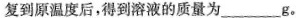
复到原温度后，得到溶液的质量为___g。